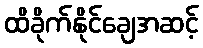
ထိခိုက်နိုင်ချေအဆင့်